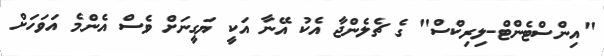
"އިންސްޓެންޓް-ލިރިކްސް" ގެ ޗެލެންޖާ އެކު އޭނާ އަކީ ޔަގީނަށް ވެސް އެންމެ އަވަހަށް